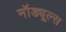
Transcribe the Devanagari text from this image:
नॉड्यूल्स